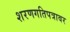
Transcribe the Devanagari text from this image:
शरणगतिपत्रावर